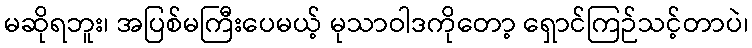
မဆိုရဘူး၊ အပြစ်မကြီးပေမယ့် မုသာဝါဒကိုတော့ ရှောင်ကြဉ်သင့်တာပဲ၊